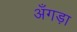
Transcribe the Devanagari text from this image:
अँगड़ा